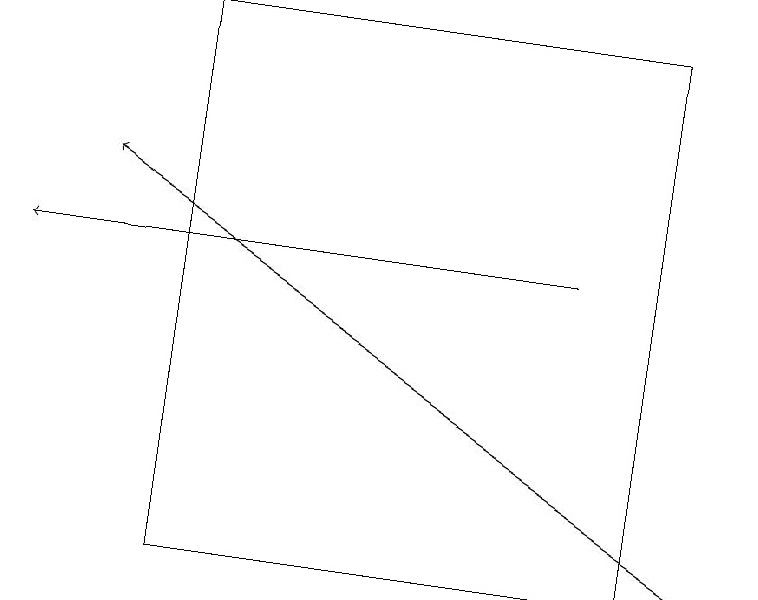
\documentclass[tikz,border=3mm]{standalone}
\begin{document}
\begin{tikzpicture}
\draw[->] (7,15) -- (0,15);
\draw (2,11) rectangle (8,18);
\draw[->] (9,11) -- (1,16);
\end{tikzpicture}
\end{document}